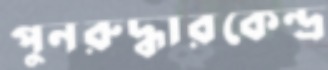
পুনরুদ্ধারকেন্দ্র